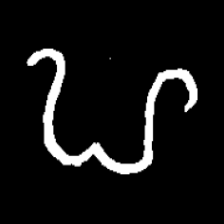
Pyu character \u2014 Myanmar letter: ဟ (romanized: ha)